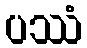
ပဿံ